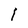
Character: l